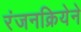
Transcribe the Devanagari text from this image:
रंजनक्रियेने